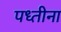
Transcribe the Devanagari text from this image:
पध्तीना